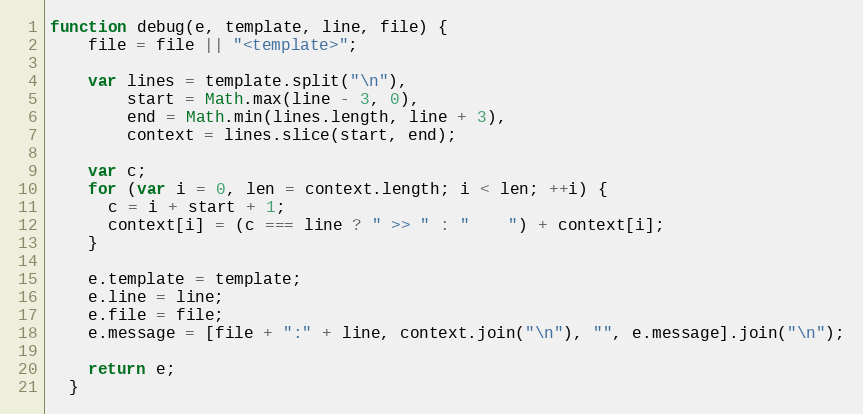
Language: JavaScript
function debug(e, template, line, file) {
    file = file || "<template>";

    var lines = template.split("\n"),
        start = Math.max(line - 3, 0),
        end = Math.min(lines.length, line + 3),
        context = lines.slice(start, end);

    var c;
    for (var i = 0, len = context.length; i < len; ++i) {
      c = i + start + 1;
      context[i] = (c === line ? " >> " : "    ") + context[i];
    }

    e.template = template;
    e.line = line;
    e.file = file;
    e.message = [file + ":" + line, context.join("\n"), "", e.message].join("\n");

    return e;
  }